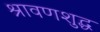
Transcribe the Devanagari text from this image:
श्रावणशुद्ध